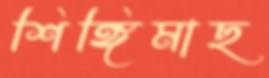
শিঙ্গিমাছ